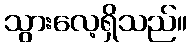
သွားလေ့ရှိသည်။